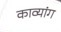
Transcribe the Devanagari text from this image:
काव्यांग